Senior Leaving Certificate Examination (including Day School Certificate (Higher) General paper), 1949
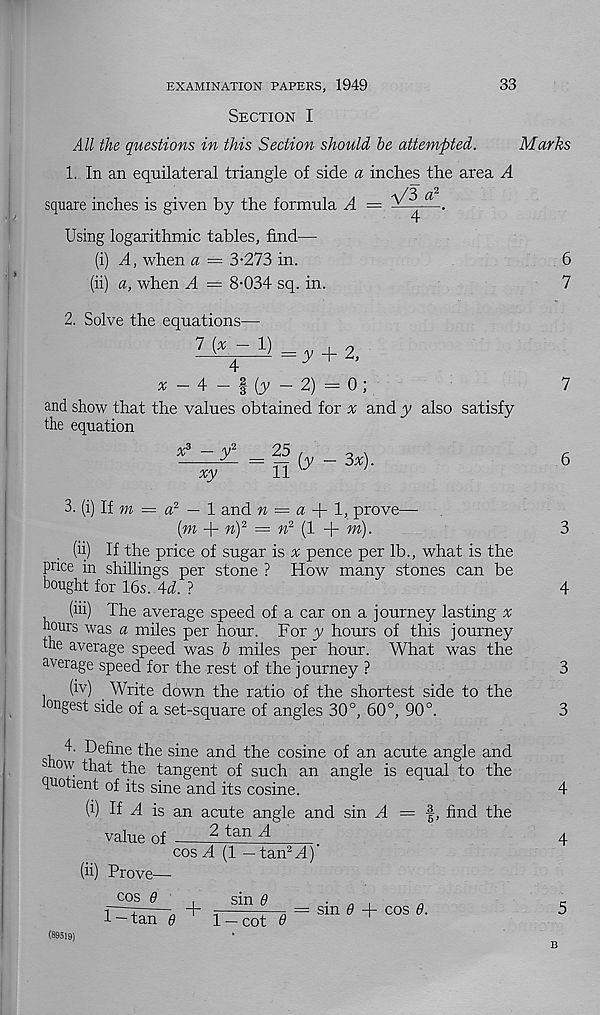
EXAMINATION PAPERS, 1949
33
Section I
All the questions in this Section should he attempted.
Marks
1. In an equilateral triangle of side a inches the area A
square inches is given by the formula A =
a
4
Using logarithmic tables, find—
(i) A, when a — 3-273 in.
(ii) a, when A = 8-034 sq. in.
2. Solve the equations—
7
^ =y + 2,
x
4
(y - 2) = 0 ;
and show that the values obtained for # and y also satisfy
the equation
25 {y ~ 3x).
x°
xy
11
3. (i) If w = a 2 — 1 and n = a A~ 1, prove—
(m + n) 2 = » 2 (1 + m).
(ii) If the price of sugar is ^ pence per lb., what is the
pnce in shillings per stone ? How many stones can be
bought for 16s. Ad. ?
(iii) The average speed of a car on a journey lasting %
hours was a miles per hour. For y hours of this journey
the average speed was b miles per hour. What was the
average speed for the rest of the journey ?
(iv) Write down the ratio of the shortest side to the
ongest side of a set-square of angles 30°, 60°, 90°.
4. Define the sine and the cosine of an acute angle and
s °w that the tangent of such an angle is equal to the
quotient of its sine and its cosine.
(i) If A is an acute angle and sin A = ■§, find the
value of
Prove—
cos 8
2 tan A
cos A (1 — tanM)'
1-tan 8
1-cot
+
sm 8
= sin <9 + cos 8.
6
7
(89519)
B